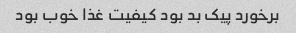
برخورد پیک بد بود کیفیت غذا خوب بود